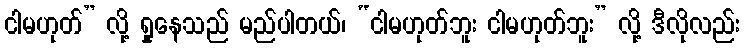
ငါမဟုတ်” လို့ ရှုနေသည် မည်ပါတယ်၊ “ငါမဟုတ်ဘူး ငါမဟုတ်ဘူး” လို့ ဒီလိုလည်း